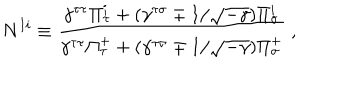
N ^ { I i } \equiv \frac { \gamma ^ { \tau \tau } \Pi _ { \tau } ^ { i } + ( \gamma ^ { \tau \sigma } \mp 1 / \sqrt { - \gamma } ) \Pi _ { \sigma } ^ { i } } { \gamma ^ { \tau \tau } \Pi _ { \tau } ^ { + } + ( \gamma ^ { \tau \sigma } \mp 1 / \sqrt { - \gamma } ) \Pi _ { \sigma } ^ { + } } ~ ,